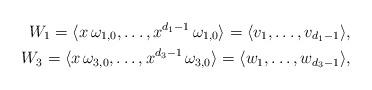
LaTeX: \begin{align*}W_1 = \langle x \, \omega_{1,0}, \dots, x^{d_1-1} \, \omega_{1,0} \rangle = \langle v_1 ,\dots, v_{d_1-1} \rangle, \\W_3 = \langle x \, \omega_{3,0} ,\dots, x^{d_3-1} \, \omega_{3,0} \rangle = \langle w_1 ,\dots, w_{d_3-1} \rangle,\end{align*}